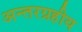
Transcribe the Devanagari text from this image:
अन्तरग्रहीय